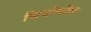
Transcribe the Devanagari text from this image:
थियोफील